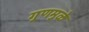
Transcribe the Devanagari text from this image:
गुणमुळे